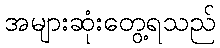
အများဆုံးတွေ့ရသည်